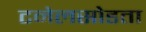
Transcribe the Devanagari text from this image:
टनेलसोडता